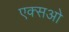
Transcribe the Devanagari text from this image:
एक्सओ